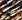
ربما